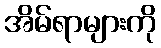
အိမ်ရာများကို